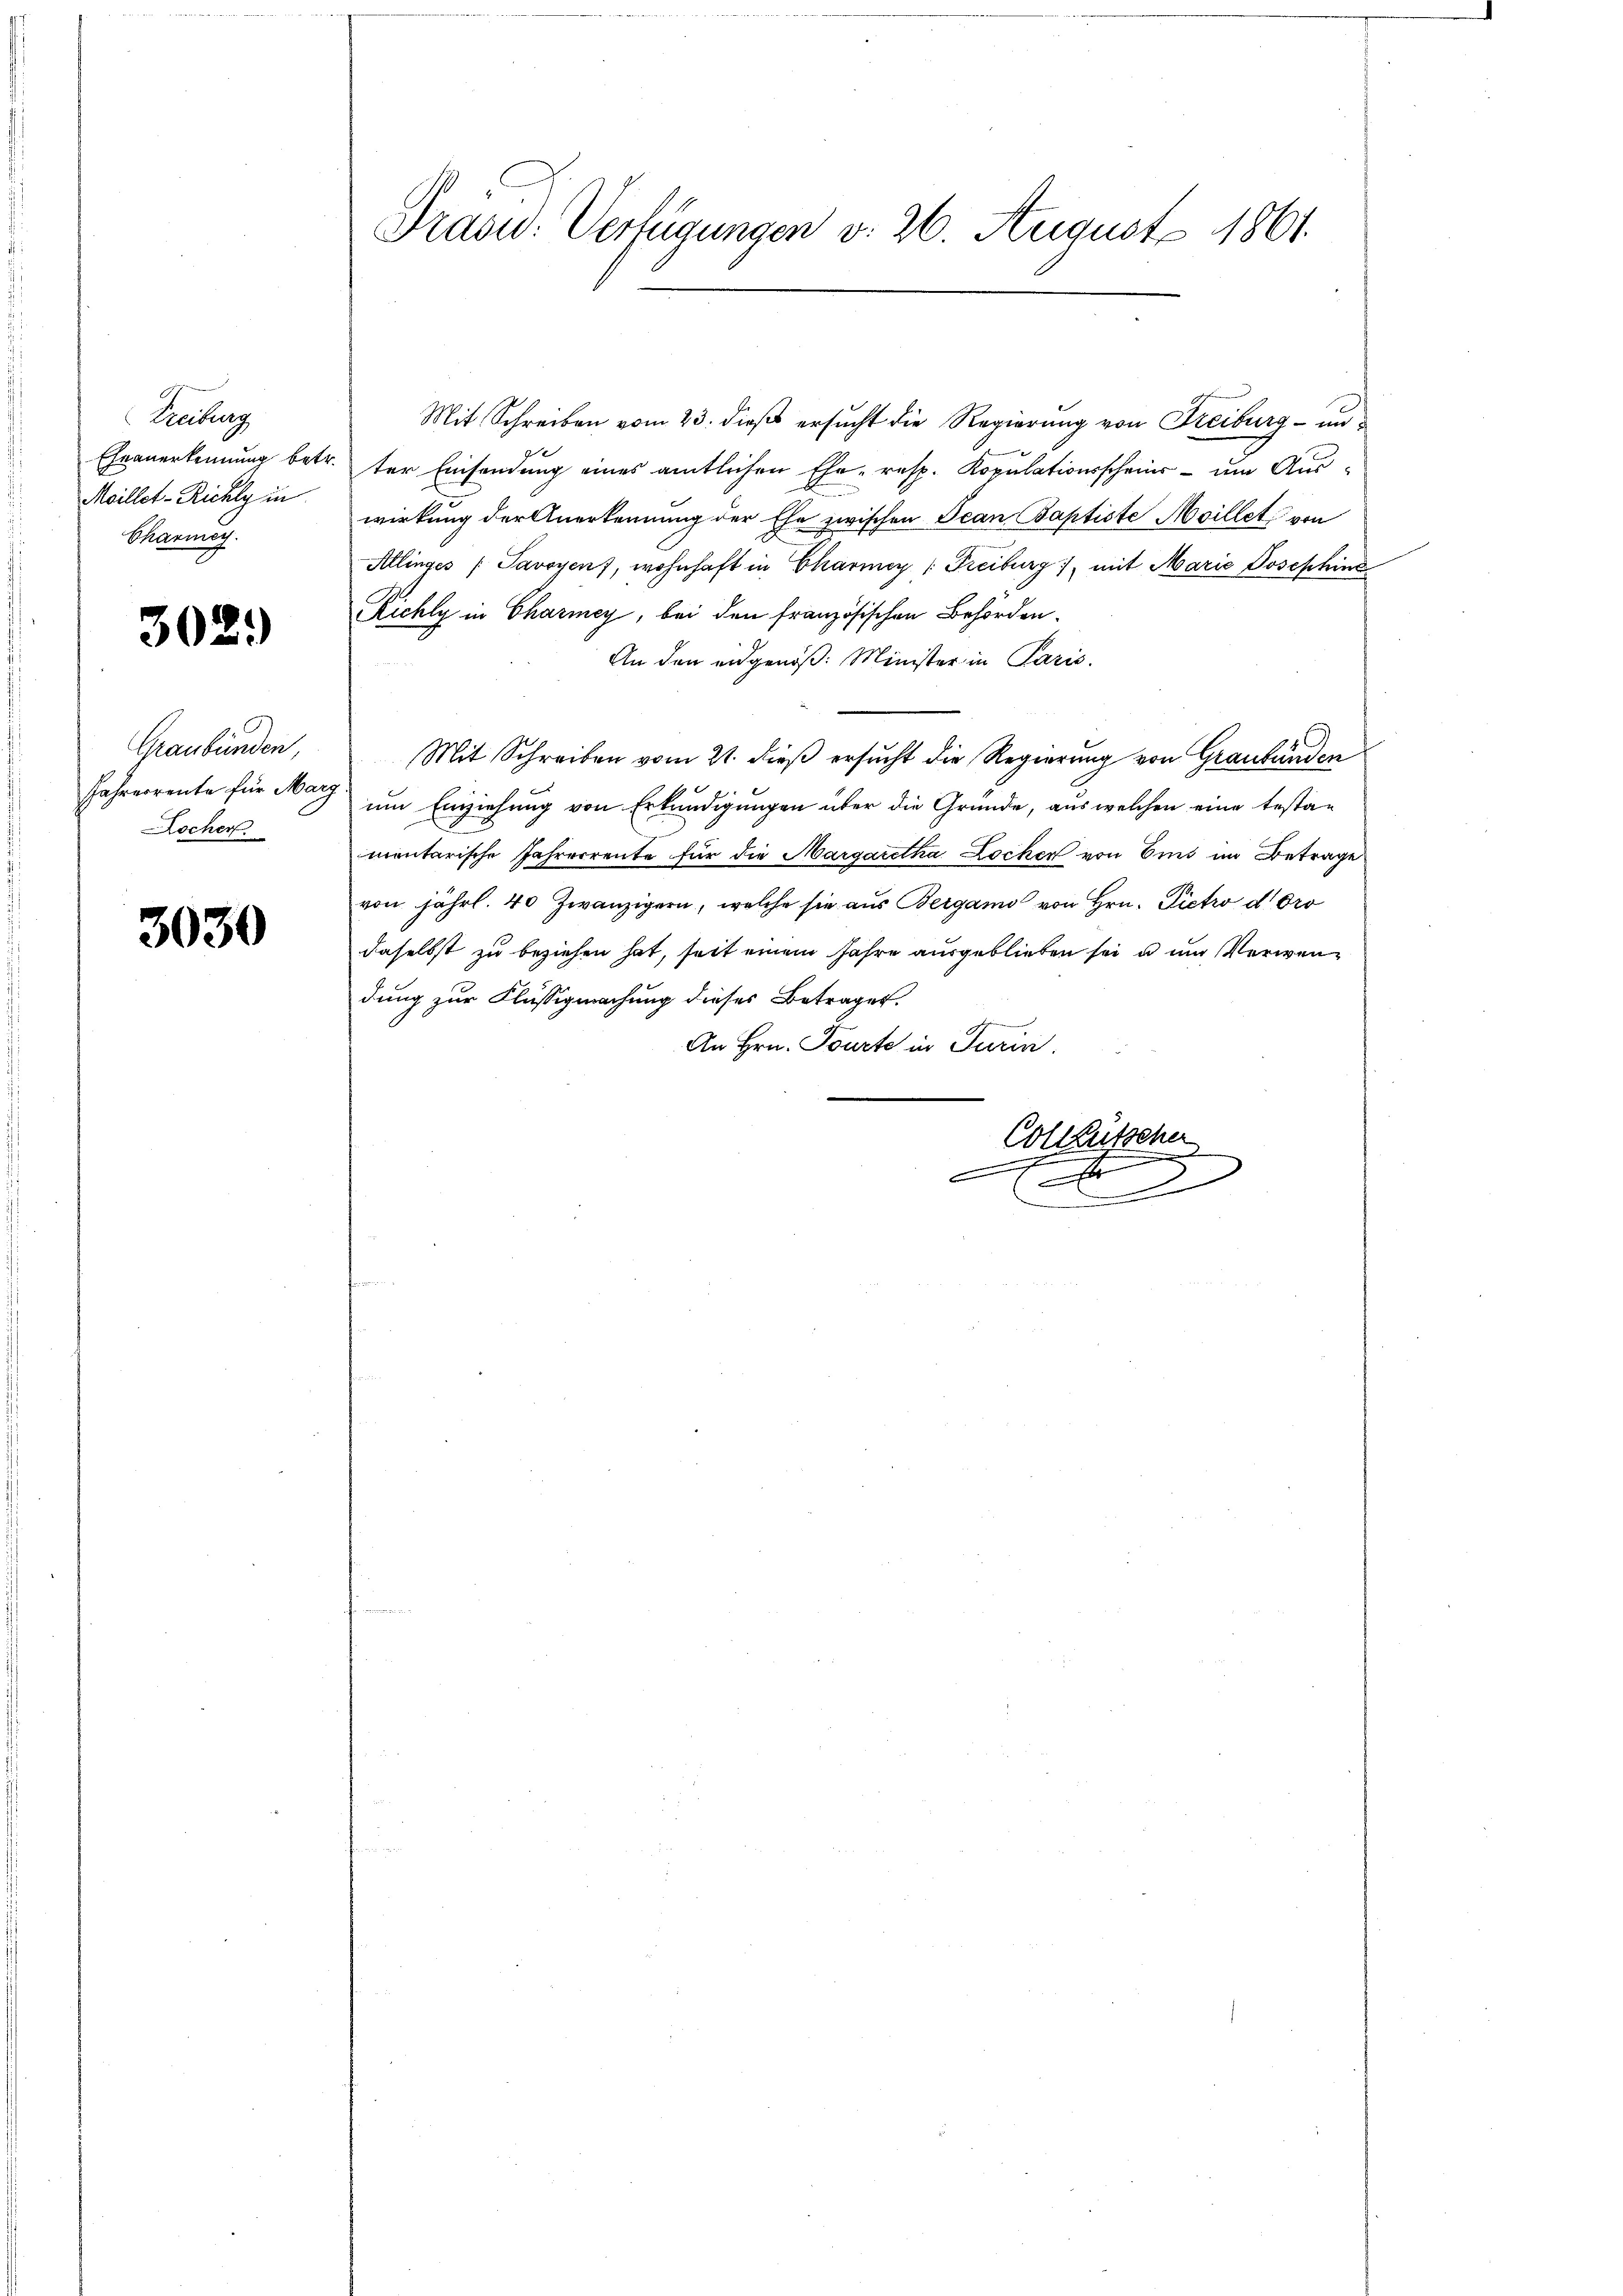
Treiburg
Moillet-Richly in
Sharmach.

302.

Graubünden,
ocher

3030

Mit Schreiben vom 23. dieß ersucht die Regierung von Freiburg - un¬
Eheanerkennung betr. der Einsendung eines amtlichen Ehe- resp. Kopulationsschein - um Auswirkung der Anerkennung der Ehe zwischen Jean Baptiste Meillet, von
Allinges (Savoyen), wohnhaft in Charmer (Freiburg), mit Marie Josephine
Richly in Chariney, bei den französischen Behörden.
An den eidgenöß: Minister in Paris.
Mit Schreiben vom 21. dieß ersucht die Regierung von Graubünden
Jahresrente für Mai um Einziehung von Erkundigungen über die Grunde, aus welchen eine testa-
mentarische Jahrerrente für die Margaretha Locker von Eins im Betrage
von jährl. 40 Zwanzigern, welche sie aus Bergamo von Hrn. Pietro d. Pro
daselbst zu beziehen hat, seit einem Jahre ausgeblieben sei u und Verwendung zur Flüssigmachung dieses Betrages.
An Hrn. Tourte in Turin.
Colleütscher

E
2

Präsu: Verfügungen v. 26. August 1861.